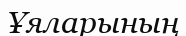
Ұяларының